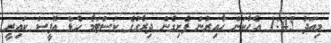
މިއަދު 1:45 އެހާކަން ހާއިރުން ފެށިގެން ދިރާގުގެ ކަސްޓަމާ ހެޑް އޮފީސް ކައިރީ